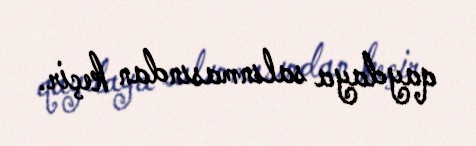
qaydaya salınmasından keçir.